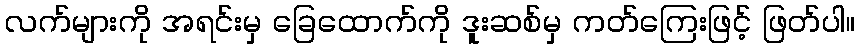
လက်များကို အရင်းမှ ခြေထောက်ကို ဒူးဆစ်မှ ကတ်ကြေးဖြင့် ဖြတ်ပါ။